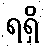
ရရှိ